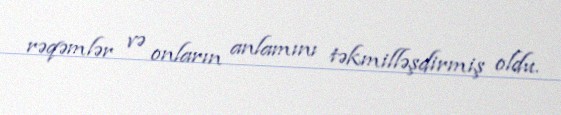
rəqəmlər və onların anlamını təkmilləşdirmiş oldu.